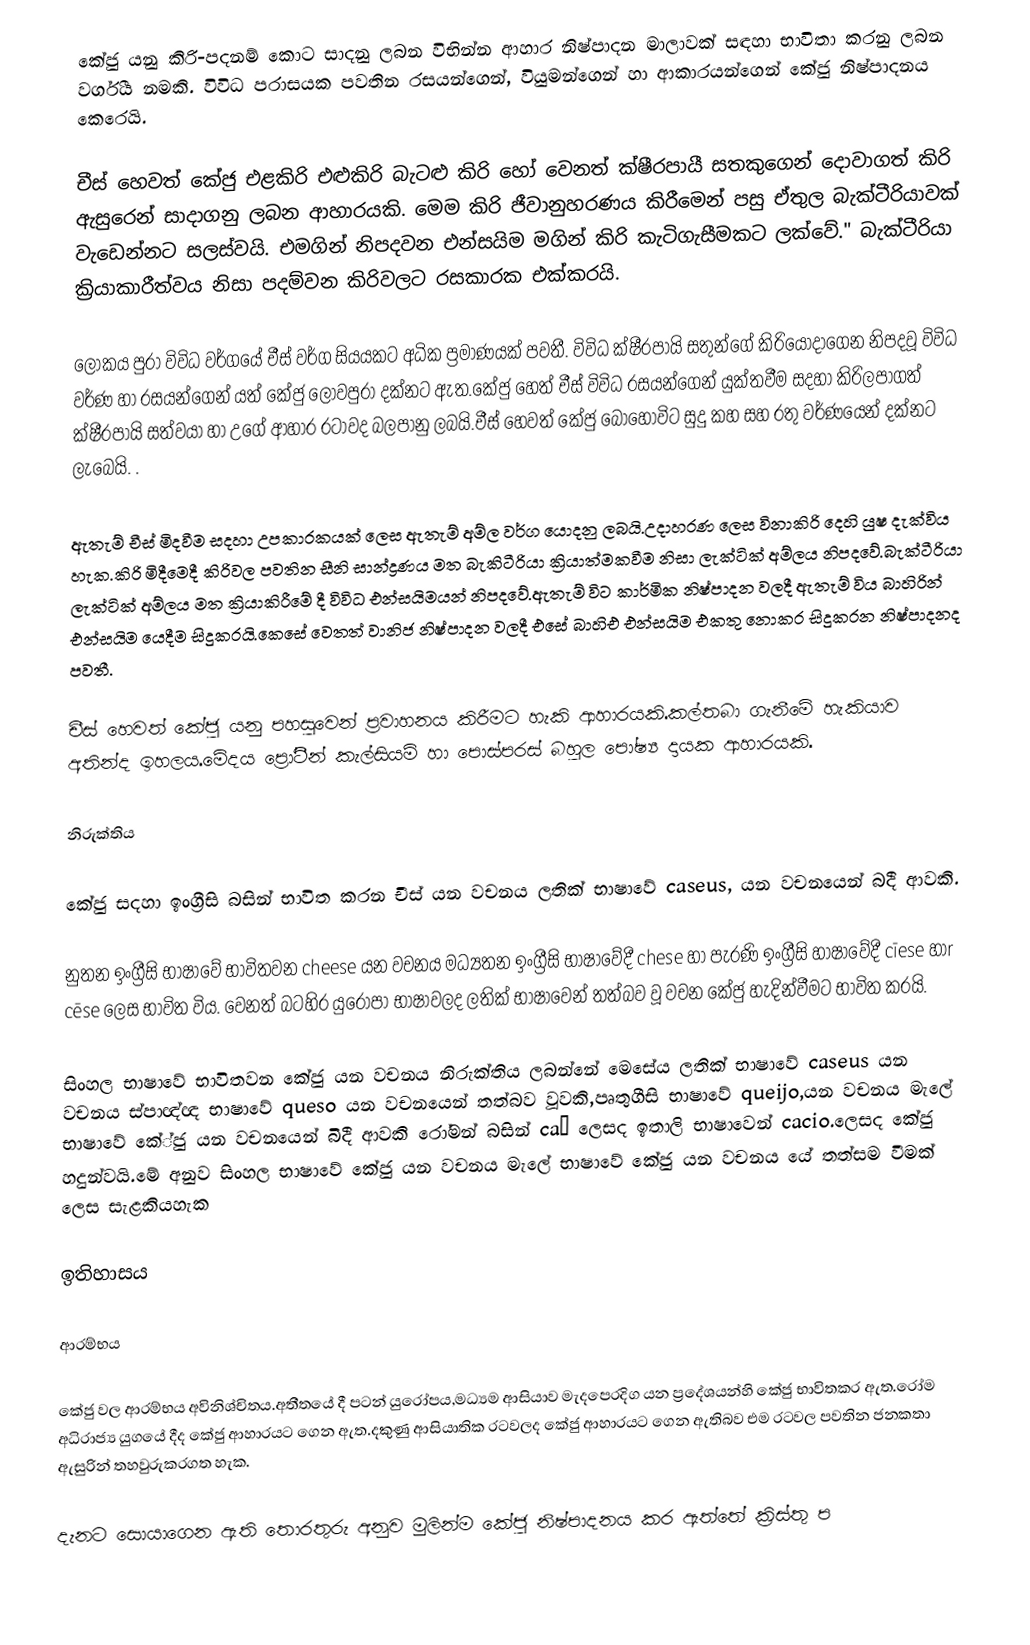
කේජු යනු  කිරි-පදනම් කොට සාදනු ලබන විභින්න  ආහාර නිෂ්පාදන මාලාවක් සඳහා භාවිතා කරනු ලබන වර්ගීය නමකි. විවිධ පරාසයක පවතින රසයන්ගෙන්, වියුමන්ගෙන් හා ආකාරයන්ගෙන් කේජු නිෂ්පාදනය කෙරෙයි.

චීස් හෙවත් කේජු එළකිරි එළුකිරි බැටළු කිරි හෝ වෙනත් ක්ෂීරපායී සතකුගෙන් දොවාගත් කිරි ඇසුරෙන් සාදාගනු ලබන ආහාරයකි. මෙම කිරි ජීවානුහරණය කිරීමෙන් පසු ඒතුල බැක්ටීරියාවක් වැඩෙන්නට සලස්වයි. එමගින් නිපදවන එන්සයිම මගින් කිරි කැටිගැසීමකට ලක්වේ." බැක්ටීරියා ක්‍රියාකාරීත්වය නිසා පදම්වන කිරිවලට රසකාරක එක්කරයි.

ලෝකය පුරා විවිධ වර්ගයේ චීස් වර්ග සියයකට අධික ප්‍රමාණයක් පවතී. විවිධ ක්ෂීරපායි සතුන්ගේ කිරියොදාගෙන නිපදවූ  විවිධ වර්ණ හා රසයන්ගෙන් යත් කේජු ලොවපුරා දක්නට ඇත.කේජු හෙත් චීස් විවිධ රසයන්ගෙන් යුක්තවීම සදහා කිරිලපාගත් ක්ෂීරපායි සත්වයා හා උගේ ආහාර රටාවද බලපානු ලබයි.චීස් හෙවත් කේජු බොහෝවිට සුදු කහ සහ රතු වර්ණයෙන් දක්නට ලැබෙයි. .

ඇතැම් චීස් මිදවීම සදහා උපකාරකයක් ලෙස ඇතැම් අම්ල වර්ග යොදනු ලබයි.උදාහරණ ලෙස විනාකිරි දෙහි යුෂ දැක්විය හැක.කිරි මිදීමෙදී කිරිවල පවතින සීනි සාන්ද්‍රණය මත බැකිටීරියා ක්‍රියාත්මකවීම නිසා ලැක්ටික් අම්ලය නිපදවේ.බැක්ටීරියා ලැක්ටික් අම්ලය මත ක්‍රියාකිරීමේ දී විවිධ එන්සයිමයන් නිපදවේ.ඇතැම් විට කාර්මික නිෂ්පාදන වලදී ඇතැම් විය බාහිරින් එන්සයිම යෙදීම සිදුකරයි.කෙසේ වෙතත් වානිජ නිෂ්පාදන වලදී එසේ බාහිඑ එන්සයිම එකතු නොකර සිදුකරන නිෂ්පාදනද පවතී.

චීස් හෙවත් කේජු යනු පහසුවෙන් ප්‍රවාහනය කිරීමට හැකි ආහාරයකි.කල්තබා ගැනීමේ හැකියාව අතින්ද ඉහලය.මේදය ප්‍රෝටීන් කැල්සියම් හා පොස්පරස් බහුල පෝෂ්‍ය දායක ආහාරයකි.

නිරුක්තිය

කේජු සදහා ඉංග්‍රීසි බසින් භාවිත කරන චීස් යන වචනය ලතික් භාෂාවේ caseus,  යන වචනයෙන් බදී ආවකි.

නුතන ඉංග්‍රීසි භාෂාවේ භාවිතවන cheese යන වචනය මධ්‍යතන ඉංග්‍රීසි භාෂාවේදී chese හා පැරණි ඉංග්‍රීසි හාෂාවේදී  cīese හාr cēse ලෙස භාවිත විය. වෙනත් බටහිර යුරෝපා භාෂාවලද ලතික් භාෂාවෙන් තත්බව වූ වචන කේජු හැදින්වීමට භාවිත කරයි.

සිංහල භාෂාවේ භාවිතවන කේජු යන වචනය නිරුක්තිය ලබන්නේ මෙසේය ලතික් භාෂාවේ caseus යන වචනය ස්පාඥ්ඥ භාෂාවේ queso යන වචනයෙන් තත්බව වූවකි,පෘතුගීසි භාෂාවේ queijo,යන වචනය මැලේ භාෂාවේ කේ්ජු යන වචනයෙන් බිදී ආවකි රෝමන් බසින් caş ලෙසද ඉතාලි භාෂාවෙන් cacio.ලෙසද කේජු හදුන්වයි.මේ අනුව සිංහල භාෂාවේ කේජු යන වචනය මැලේ භාෂාවේ කේජු යන වචනය යේ තත්සම වීමක් ලෙස සැළකියහැක

ඉතිහාසය

ආරම්භය

කේජු වල ආරම්භය අවිනිශ්චිතය.අතීතයේ දී පටන් යුරෝපය,මධ්‍යම ආසියාව මැදපෙරදිග යන ප්‍රදේශයන්හි කේජු භාවිතකර ඇත.රෝම අධිරාජ්‍ය යුගයේ දීද කේජු ආහාරයට ගෙන ඇත.දකුණු ආසියාතික රටවලද කේජු ආහාරයට ගෙන ඇතිබව එම රටවල පවතින ජනකතා ඇසුරින් තහවුරුකරගත හැක.

දැනට සොයාගෙන ඇති තොරතුරු අනුව මුලින්ම කේජු නිෂ්පාදනය කර ඇත්තේ ක්‍රිස්තු ප